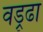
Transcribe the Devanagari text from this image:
वड्र्ढा